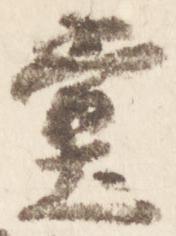
堂